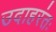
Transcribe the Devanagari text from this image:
उदाहरंतः